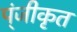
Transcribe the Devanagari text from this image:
प्ंजीकृत